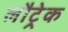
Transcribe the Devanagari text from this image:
लौट्रेक